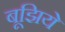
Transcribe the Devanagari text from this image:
बूझिये